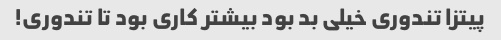
پیتزا تندورى خیلى بد بود بیشتر کارى بود تا تندورى!